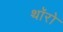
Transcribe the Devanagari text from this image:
थॉरो